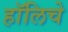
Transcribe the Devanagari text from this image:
हॉलिचे